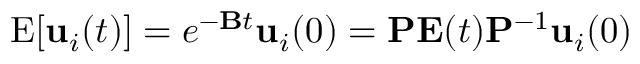
\begin{array} { r } { \mathrm { E } [ { \bf { u } } _ { i } ( t ) ] = e ^ { { - \bf B } t } { \bf { u } } _ { i } ( 0 ) = { \bf P } { \bf E } ( t ) { \bf P } ^ { - 1 } { \bf { u } } _ { i } ( 0 ) } \end{array}